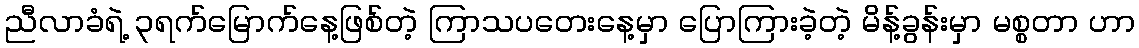
ညီလာခံရဲ့ ၃ရက်မြောက်နေ့ဖြစ်တဲ့ ကြာသပတေးနေ့မှာ ပြောကြားခဲ့တဲ့ မိန့်ခွန်းမှာ မစ္စတာ ဟာ